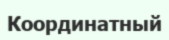
Координатный